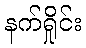
နက်ရှိုင်း